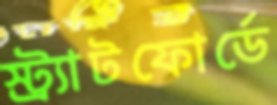
স্ট্র্যাটফোর্ডে